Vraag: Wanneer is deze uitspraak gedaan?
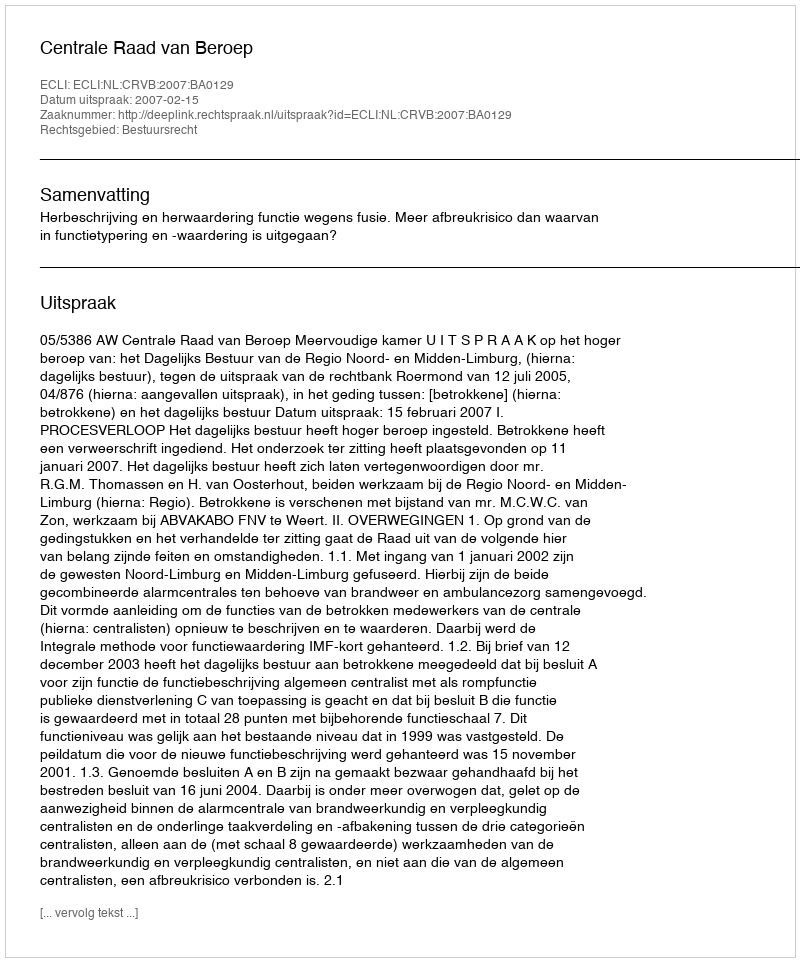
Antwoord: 2007-02-15